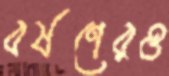
বর্ষণেরও